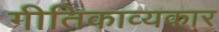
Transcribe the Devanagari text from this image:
गीतिकाव्यकार